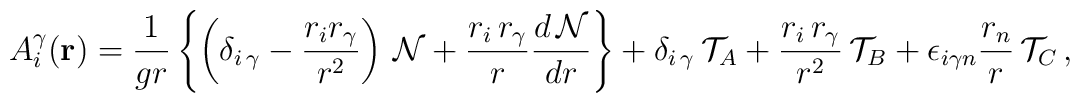
{{A}_{i}^{\gamma}}({\bf{r}})=\frac{1}{gr}\left\{\left({\delta}_{{i}\,{\gamma}}-\frac{r_ir_{\gamma}}{r^2}\right)\,{\cal N}+\frac{r_i\,r_{\gamma}}{r}\frac{d\,{\cal N}}{dr}\right\}+{\delta}_{{i}\,{\gamma}}\,{\cal T}_{A}+\frac{r_i\,r_{\gamma}}{r^2}\,{\cal T}_{B}+{\epsilon}_{i{\gamma}n}\frac{r_n}{r}\,{\cal T}_{C}\,,